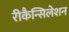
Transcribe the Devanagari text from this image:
रीकैन्सिलेशन